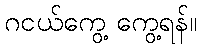
ဂငယ်ကွေ့ ကွေ့ရန်။